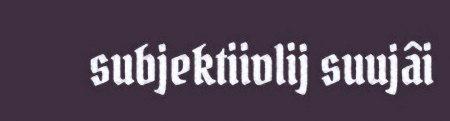
subjektiivlij suujâi